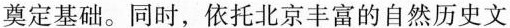
奠定基础。同时，依托北京丰富的自然历史文